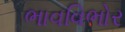
ભાવવિભોર